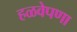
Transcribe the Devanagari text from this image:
हळवेपणा